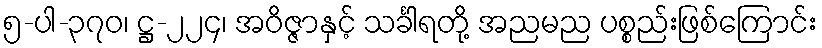
၅-ပါ-၃၇၀၊ ဋ္ဌ-၂၂၄၊ အဝိဇ္ဇာနှင့် သင်္ခါရတို့ အညမည ပစ္စည်းဖြစ်ကြောင်း